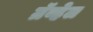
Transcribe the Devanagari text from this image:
ग्रॅव्हेल